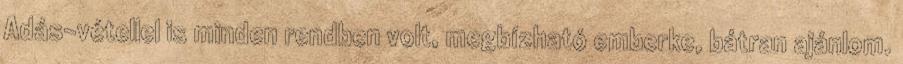
Adás-vétellel is minden rendben volt, megbízható emberke, bátran ajánlom.